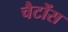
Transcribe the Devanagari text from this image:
चैटोंस